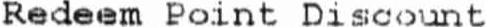
REDEEM POINT DISCOUNT